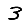
Digit: 3